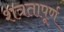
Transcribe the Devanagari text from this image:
शत्रतापूर्ण